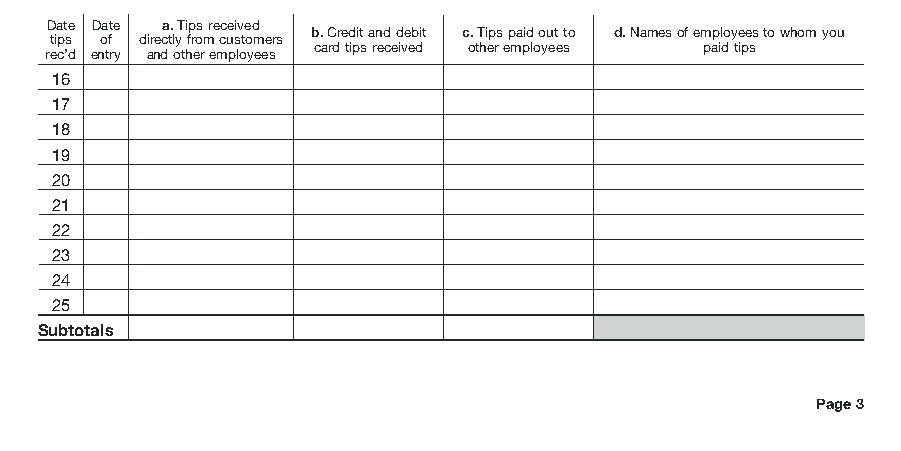
Date Date a. Tips received
 b.Credit and debit c. Tips paid out to d. Names of employees to whom you
 tips of directly from customers
 card tips received other employees paid tips
 rec’d entry and other employees
 16
 17
 18
 19
 20
 21
 22
 23
 24
 25
 Subtotals
 Page 3